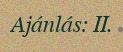
Ajánlás: II.